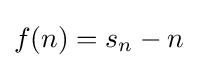
f(n)=s_{n}-n